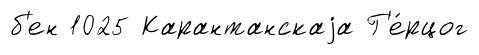
б'ен 1025 Карантанскаjа Г'е́рцог